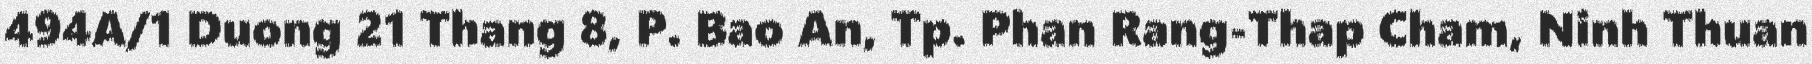
494A/1 Duong 21 Thang 8, P. Bao An, Tp. Phan Rang-Thap Cham, Ninh Thuan